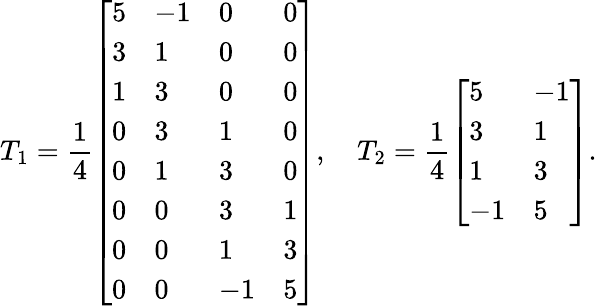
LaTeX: T_{1}=\frac{1}{4}\left[\begin{array}{llll}{5}&{-1}&{0}&{0}\\ {3}&{1}&{0}&{0}\\ {1}&{3}&{0}&{0}\\ {0}&{3}&{1}&{0}\\ {0}&{1}&{3}&{0}\\ {0}&{0}&{3}&{1}\\ {0}&{0}&{1}&{3}\\ {0}&{0}&{-1}&{5}\end{array}\right],\quad T_{2}=\frac{1}{4}\left[\begin{array}{ll}{5}&{-1}\\ {3}&{1}\\ {1}&{3}\\ {-1}&{5}\end{array}\right].